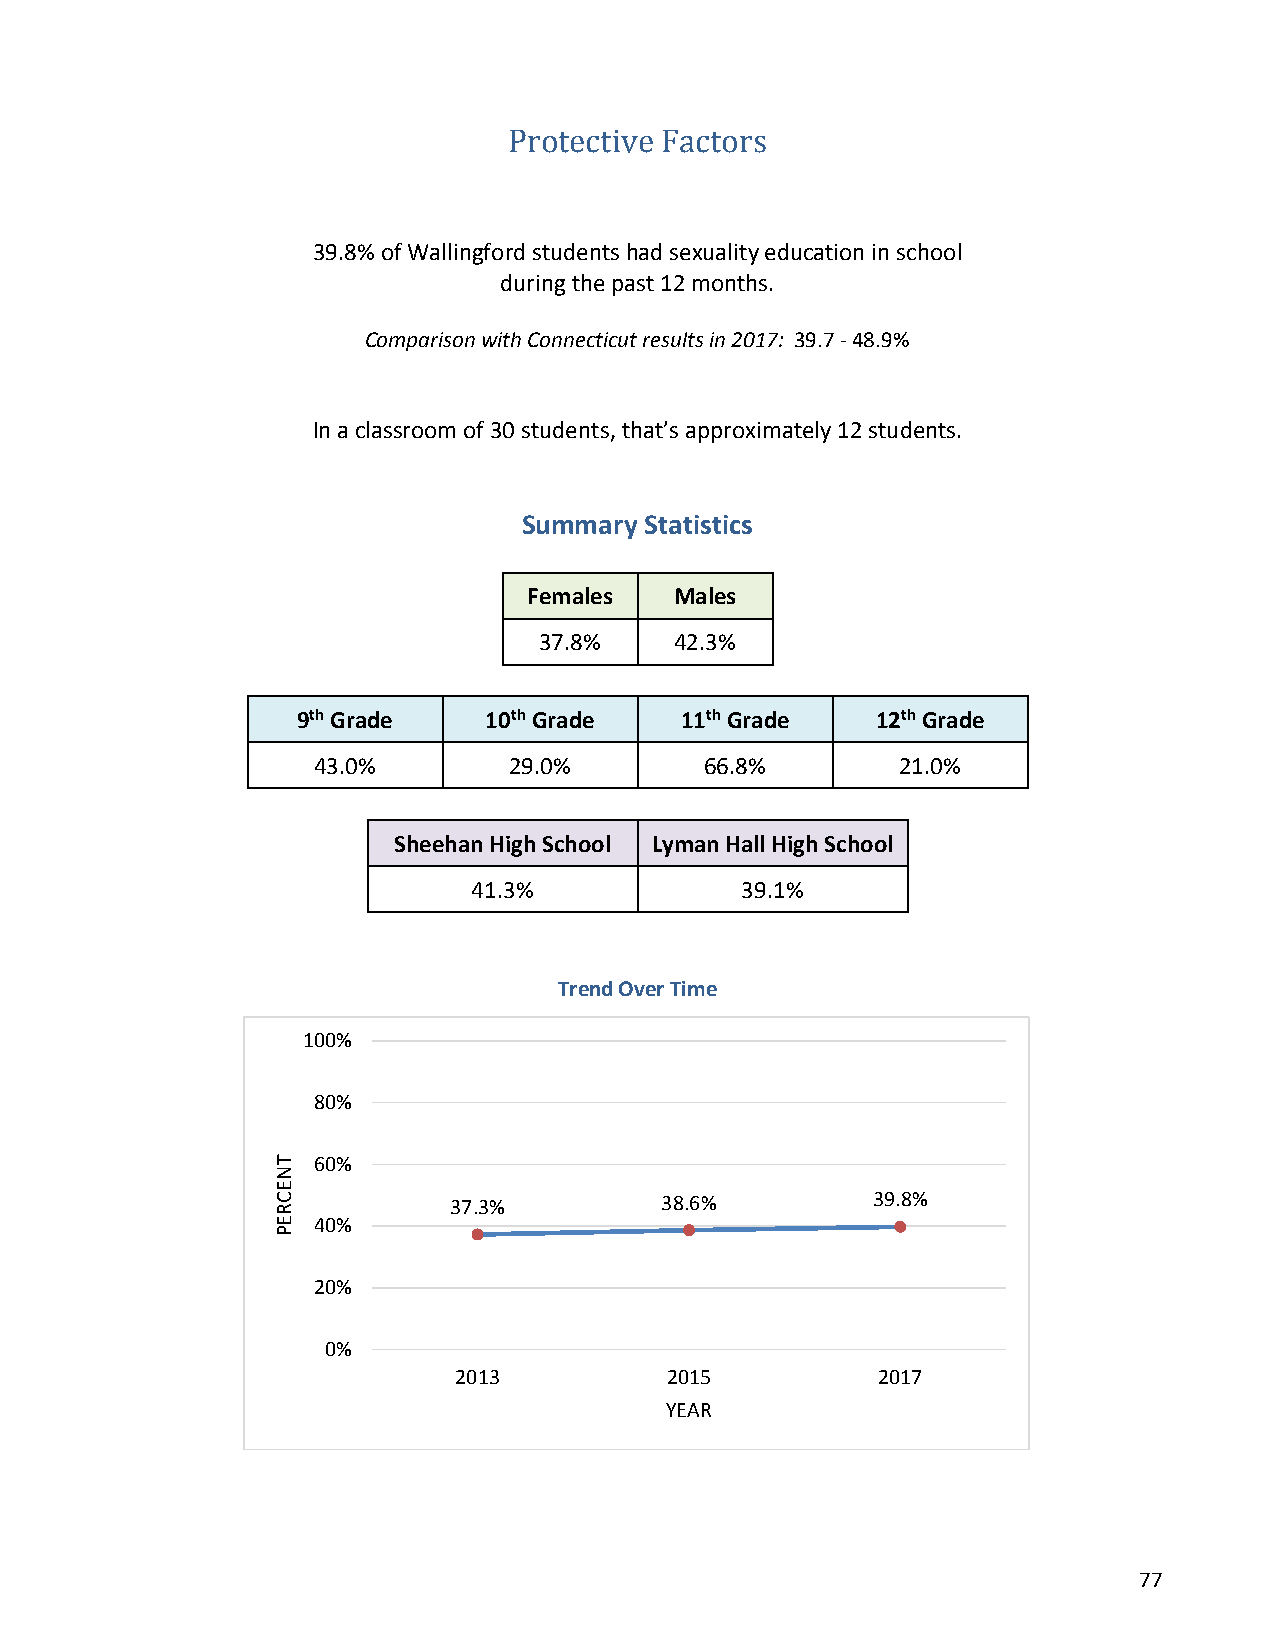
Protective Factors
 39.8% of Wallingford students had sexuality education in school
 during the past 12 months.
 Comparison with Connecticut results in 2017: 39.7 - 48.9%
 In a classroom of 30 students, that’s approximately 12 students.
 Summary Statistics
 Females   Males
 37.8%    42.3%
 9th Grade   10th Grade   11th Grade   12th Grade
 43.0%        29.0%        66.8%        21.0%
 Sheehan High School Lyman Hall High School
 41.3%             39.1%
 Trend Over Time
 100%
 80%
 60%
 37.3%         38.6%         39.8%
 40%
 20%
 0%
 2013          2015          2017
 YEAR
 77
 TNECREP